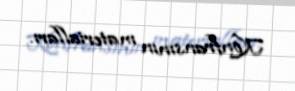
Konfransının materialları.